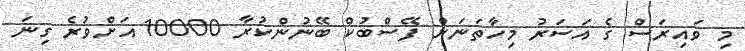
މި ވައިރަސް ގެ އަސަރު މިހާތަނަށް ފޭސްބުކް ބޭނުންކުރާ 10000 އަށްވުރެ ގިނަ